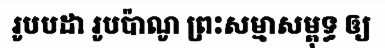
រូបបដា រូបប៉ាណូ ព្រះសម្មាសម្ពុទ្ធ ឲ្យ